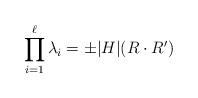
LaTeX: \begin{align*}\prod_{i=1}^{\ell}\lambda_i= \pm |H| (R \cdot R')\end{align*}